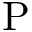
\mathrm { P }